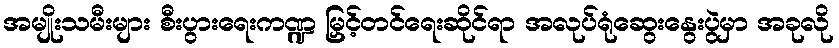
အမျိုးသမီးများ စီးပွားရေးကဏ္ဍ မြှင့်တင်ရေးဆိုင်ရာ အလုပ်ရုံဆွေးနွေးပွဲမှာ အခုလို